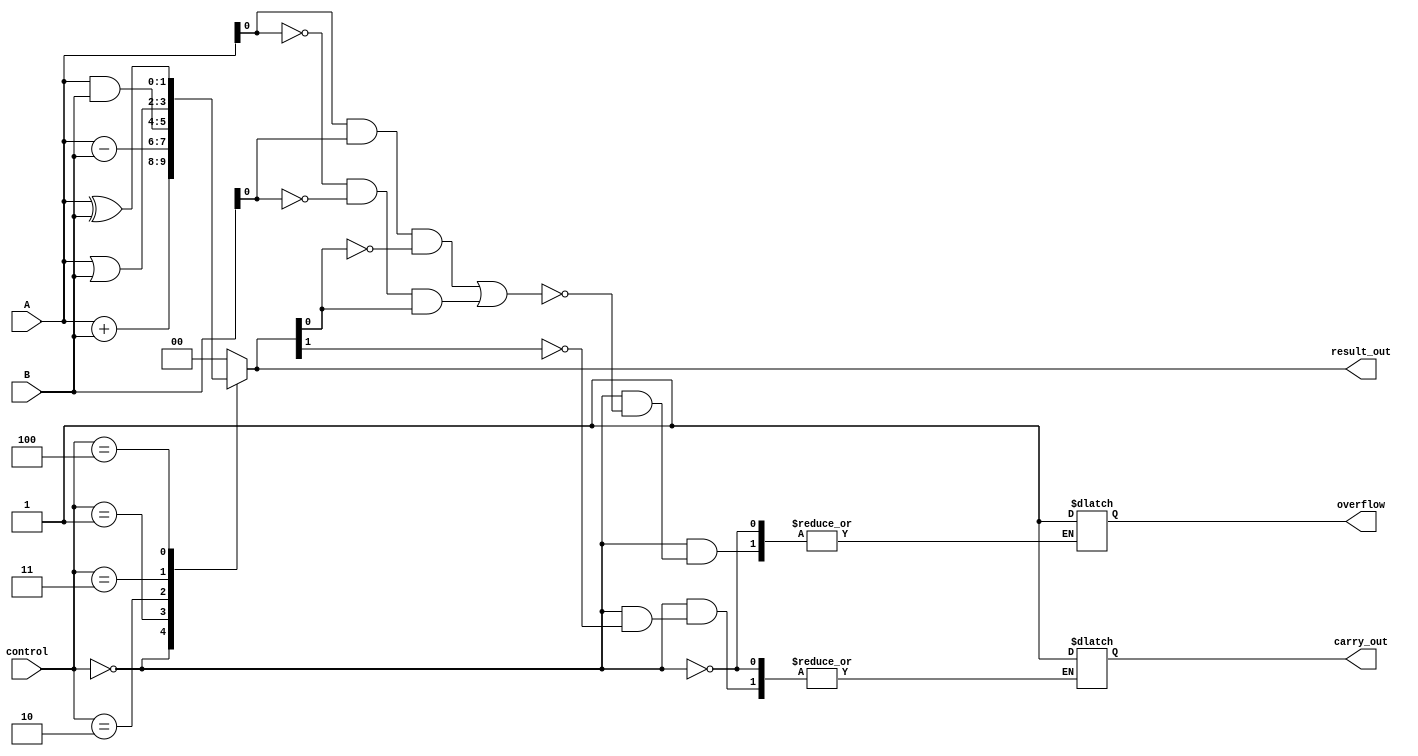
module ALU_1bit (
    input [1:0] A, B, // 1-bit binary numbers
    input [2:0] control, // Control signals for selecting operation
    output reg [1:0] result_out,
    output reg overflow, // Flag for indicating overflow condition
    output reg carry_out // Flag for indicating carry out condition
);

// Arithmetic logic to perform desired operation based on control signals
always @ (A, B, control) begin
    case (control)
        3'b000: result_out = A + B; // Addition operation
        3'b001: result_out = A - B; // Subtraction operation
        3'b010: result_out = A & B; // AND operation
        3'b011: result_out = A | B; // OR operation
        3'b100: result_out = A ^ B; // XOR operation
        default: result_out = 2'b0; // Default to zero
    endcase
end

// Carry-in and carry-out mechanism for addition operations
always @ (A, B, control) begin
    if (control == 3'b000) begin // Addition operation
        if (result_out[1] == 1) begin
            carry_out = 1; // Set carry out flag
        end
        if ((A[0] & B[0] & (~result_out[0])) | (~A[0] & ~B[0] & result_out[0])) begin
            overflow = 1; // Set overflow flag
        end
    end
end

endmodule